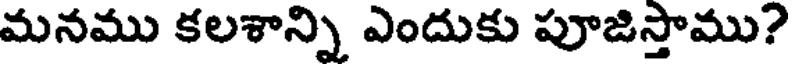
మనము కలశాన్ని ఎందుకు పూజిస్తాము?